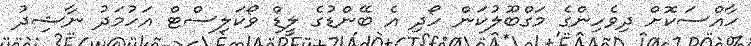
ހާއްސަކޮށް ދިވެހިންގެ މަގްބޫލުކަން ހޯދި އެ ބޭންޑުގެ ލީޑް ވޯކަލިސްޓް އަހުމަދު ނާޝިދު